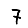
Digit: 7